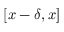
[ x - \delta , x ]